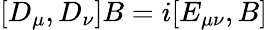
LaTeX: [D_{\mu},D_{\nu}]B=i[E_{\mu\nu},B]